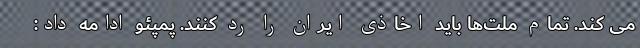
می کند. تمام ملت‌ها باید اخاذی ایران را رد کنند. پمپئو ادامه داد: